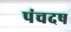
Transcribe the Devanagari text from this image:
पंचदष